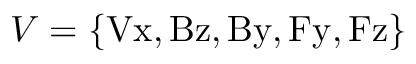
V = \{ \mathrm { V x , B z , B y , F y , F z } \}